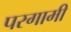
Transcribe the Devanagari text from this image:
परगामी